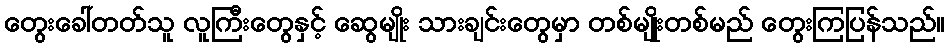
တွေးခေါ်တတ်သူ လူကြီးတွေနှင့် ဆွေမျိုး သားချင်းတွေမှာ တစ်မျိုးတစ်မည် တွေးကြပြန်သည်။